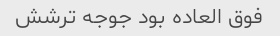
فوق العاده بود جوجه ترشش